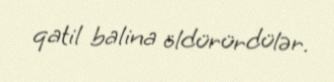
qatil balina öldürürdülər.